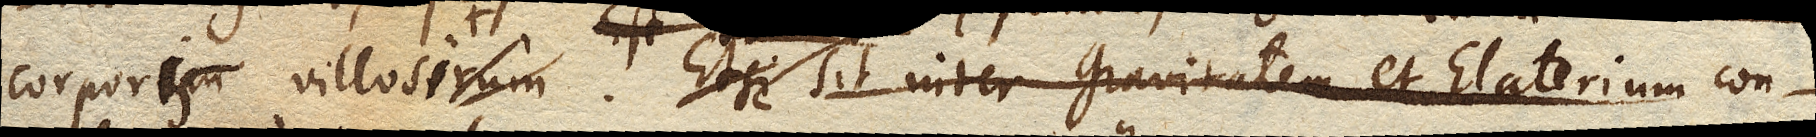
corporis villosi. Etsi sit inter Gravitatem et Elaterium